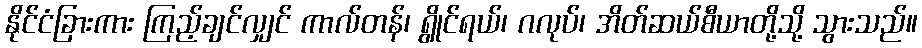
နိုင်ငံခြားကား ကြည့်ချင်လျှင် ကာလ်တန်၊ ရွိုင်ရယ်၊ ဂလုပ်၊ အိတ်ဆယ်စီယာတို့သို့ သွားသည်။